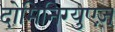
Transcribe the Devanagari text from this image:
दोमिनिग्युएज़्